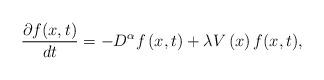
LaTeX: \begin{align*}\frac{\partial f(x,t)}{dt}=-D^{\alpha}f\left(x,t\right)+\lambda V\left(x\right)f(x,t),\end{align*}